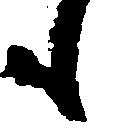
も